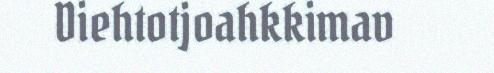
Diehtotjoahkkimav